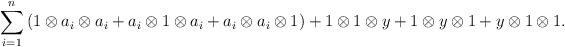
LaTeX: \begin{align*}\sum_{i=1}^n{(1 \otimes a_i \otimes a_i +a_i \otimes 1 \otimes a_i + a_i \otimes a_i \otimes 1)} + 1 \otimes 1 \otimes y + 1 \otimes y \otimes 1 + y \otimes 1 \otimes 1. \end{align*}